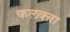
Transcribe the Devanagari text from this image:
कलक्‍त्ता